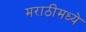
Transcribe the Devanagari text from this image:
मराठीमध्‍ये